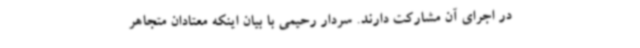
در اجرای آن مشارکت دارند. سردار رحیمی با بیان اینکه معتادان متجاهر